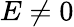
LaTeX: E\ne 0